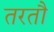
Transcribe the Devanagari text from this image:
तरतौ